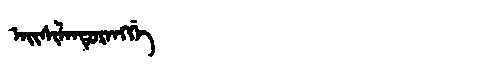
Manchu: ᠠᡳᠰᡳᠯᠠᠨᡩᡠᡵᠠᠩᡤᡝ
Romanization: AISILANDURANGGE